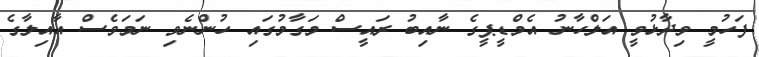
ފަހުމީ ވިދާޅުވީ އަލްހާނު އެމްޑީޕީގެ ނާއިބު ރައީސް މަގާމުގައި ހުންނެވި ނަމަވެސް އާއިލާގެ